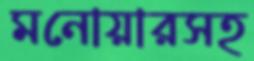
মনোয়ারসহ